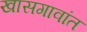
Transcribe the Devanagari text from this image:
खासगावांत